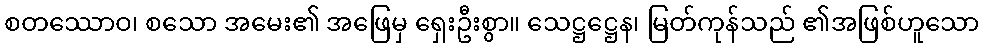
စတဿောဝ၊ စသော အမေး၏ အဖြေမှ ရှေးဦးစွာ။ သေဋ္ဌဋ္ဌေန၊ မြတ်ကုန်သည် ၏အဖြစ်ဟူသော